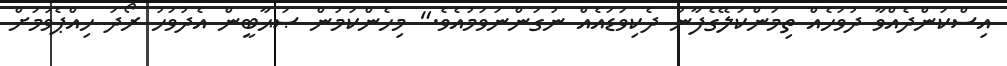
އިސްކަންދެއްވާ ދުވަހެއް ތިމަންކަލޭގެފާނު ދެކިވަޑައެއް ނުގަންނަވަމުއެވެ." މިހެންކަމުން ޞަޙާބީން އެދުވަހު ރޯދަ ހިއްޕެވުމަށް